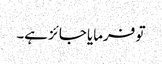
تو فرمایا جائز ہے۔